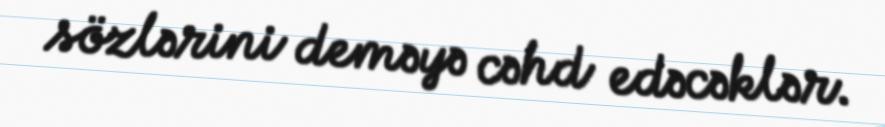
sözlərini deməyə cəhd edəcəklər.